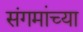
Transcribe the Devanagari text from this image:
संगमांच्या